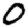
Digit: 0